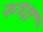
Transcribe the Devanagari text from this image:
रुधा